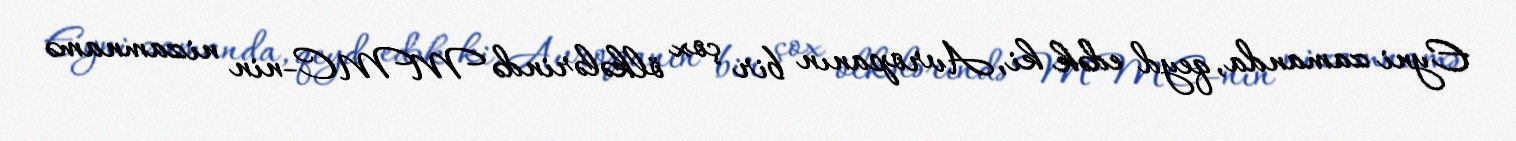
Eyni zamanda, qeyd edək ki, Avropanın bir çox ölkələrində MMC-nin nizamnamə